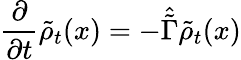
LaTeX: \frac{\partial}{\partial t}\tilde{\rho}_{t}(x)=-\hat{\tilde{\Gamma}}\tilde{\rho}_{t}(x)